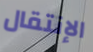
الإنتقال